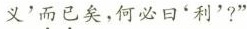
义'而已矣，何必曰'利'?”